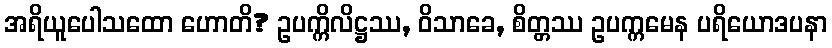
အရိယူပေါသထော ဟောတိ? ဥပက္ကိလိဋ္ဌဿ, ဝိသာခေ, စိတ္တဿ ဥပက္ကမေန ပရိယောဒပနာ